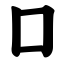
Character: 囗